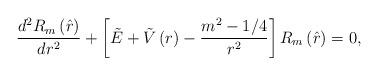
LaTeX: \begin{align*}\frac{d^{2}R_{m}\left( \hat{r}\right) }{dr^{2}}+\left[ \tilde{E}+\tilde{V}\left( r\right) -\frac{m^{2}-1/4}{r^{2}}\right] R_{m}\left( \hat{r}\right)=0, \end{align*}